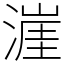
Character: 漄